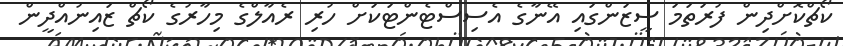
ކޯޗްކޮށްދިން ފުރަތަމަ ސީޒަންގައި އޭނާގެ އެސިސްޓެންޓަކަށް ހުރި ރެއާލްގެ މިހާރުގެ ކޯޗް ޒައިނުއްދީން